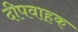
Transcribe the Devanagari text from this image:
दीपवाहक